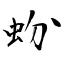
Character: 蚡